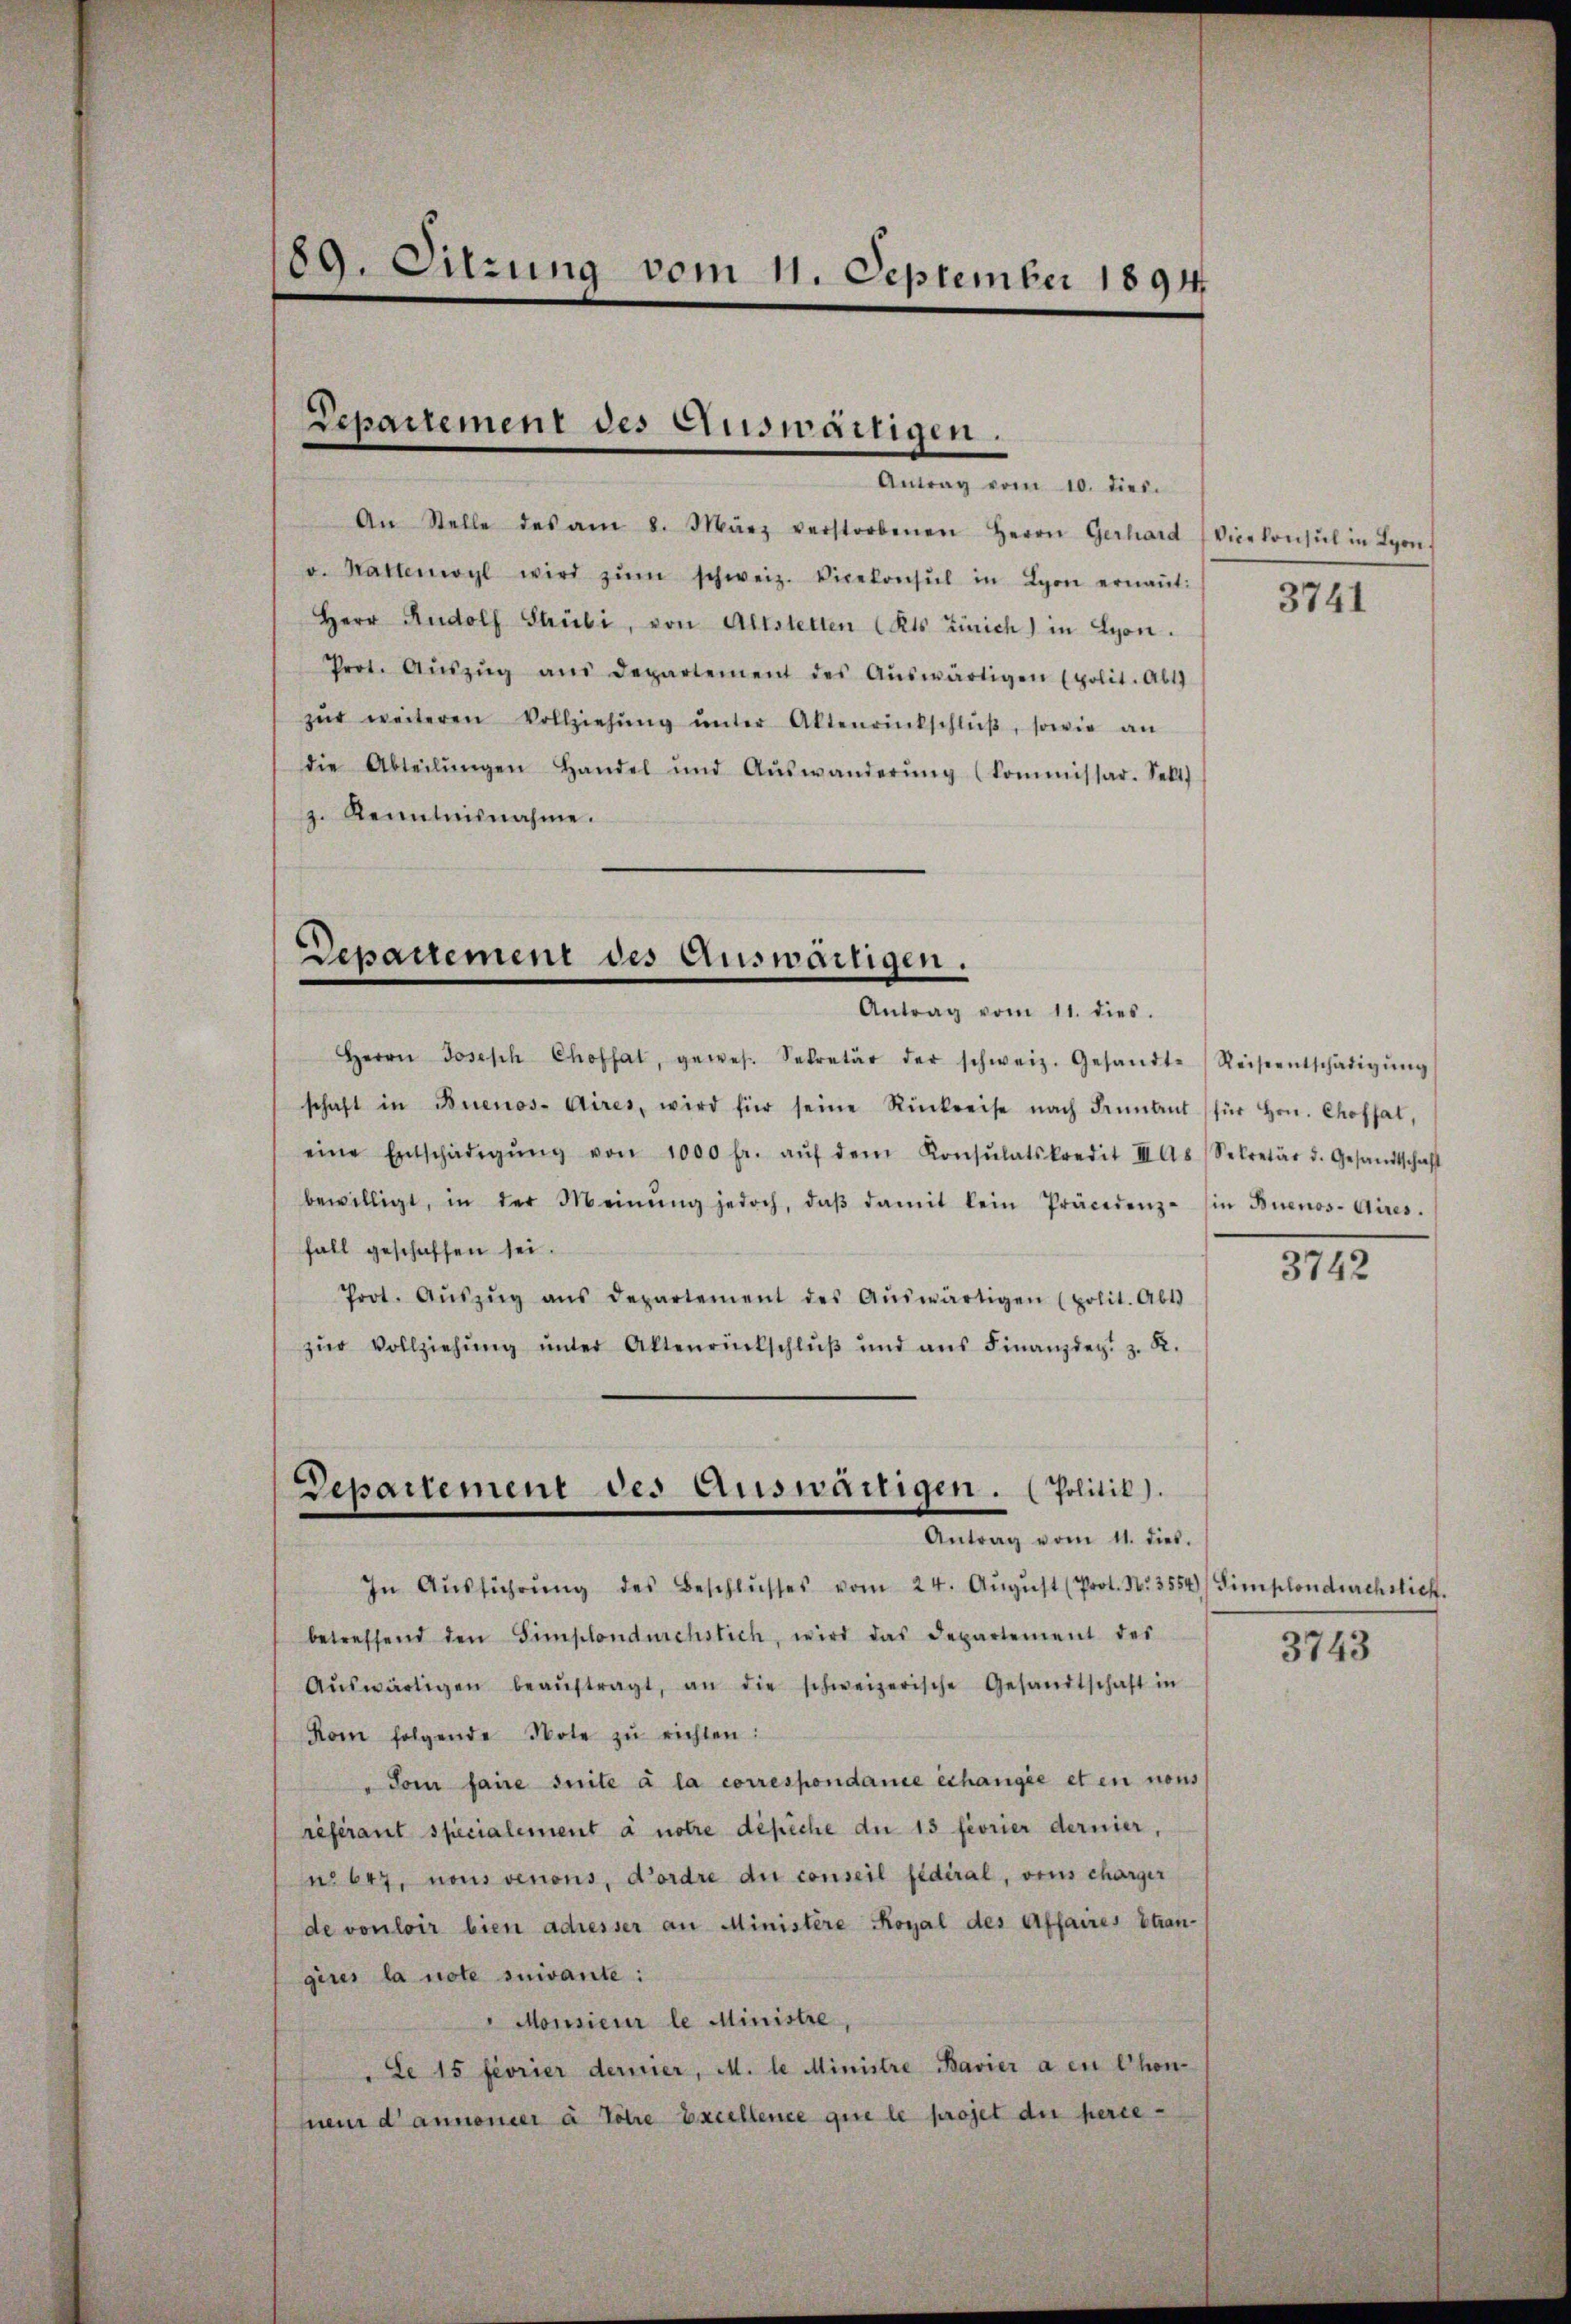
89. Sitzung vom 11. September 1894.

Repartement des Auswärtigen.
Antrag vom 10. dies.

An Stelle des am 8. März verstorbenen Herrn Gerhard Vicekonsul in Lyon,
v. Hattenwyl wird zŭm schweiz. Vicekonsul in Lyon ernaṅt:
Herr Rudolf Stübi, von Altstetten Kts. Zürich) in Lyon.
Prot. Aŭszŭg aŭs Departement des Aŭswärtigen (polit. Abt.
zŭr weiteren Vollziehŭng ŭnter Aktenrinkschlŭβ, sowie an
die Abteilŭngen Handel und Aŭswanderŭng (Commissar. Selt
z. Renntnisnahme.

Departement des Auswärtigen.
Antrag vom 11. dies.

Herrn Joseph Chofhat, gewes. Sekretär der schweiz. Gesandt-Reiseentschädigŭng
schaft in Buenos-Aires, wird für seine Rückreise nach Bennant für hrn. Chofhat,
eine Entschädigŭng von 1000 fr. aŭf dem Konsŭlatskredit III as Sekretär d. Gesandtschaft
bewilligt, in der Meinŭng jedoch, daβ damit kein Präcedenz in Buenos-Aires.
fall geschaffen sei.
Prot. Aŭszŭg aŭs departement des Aŭswärtigen (polit. Abt
zŭr Vollziehŭng ŭnter Aktenrückschlŭβ ŭnd ans Finanzdez. z. R.

Departement des Auswärtigen. (Politik).
Antrag vom 11. dieb.

In Aŭsführŭng des Beschlŭsses vom 24. Aŭgŭst (Prot. No. 3554) Simplondurchstich.
betreffend den Simplondurchstich, wird das Departement des
Aŭswärtigen beaŭftragt, an die schweizerische Gesandtschaft in
Kom folgende Note zŭ richten:
"Som faire suite à la correspondance échange et en nous
référant specialement à notre dépiche der 13 feorier dernier,
n 647, nous venons, Fordre der conseil fédéral, vons charger
de vouloir bien adresser an Ministere Royal des Affaires Stran-
gius la note suivante:
"Monsieur le Ministre,
Le 15 feorier dernier, M. le Ministre Bavier a en Chon-
nemr d’annoncer à titre Excellence que le projet der herse¬

3741

3742

3743